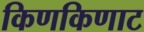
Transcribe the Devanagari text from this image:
किणकिणाट